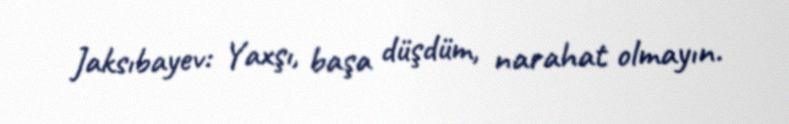
Jaksıbayev: Yaxşı, başa düşdüm, narahat olmayın.